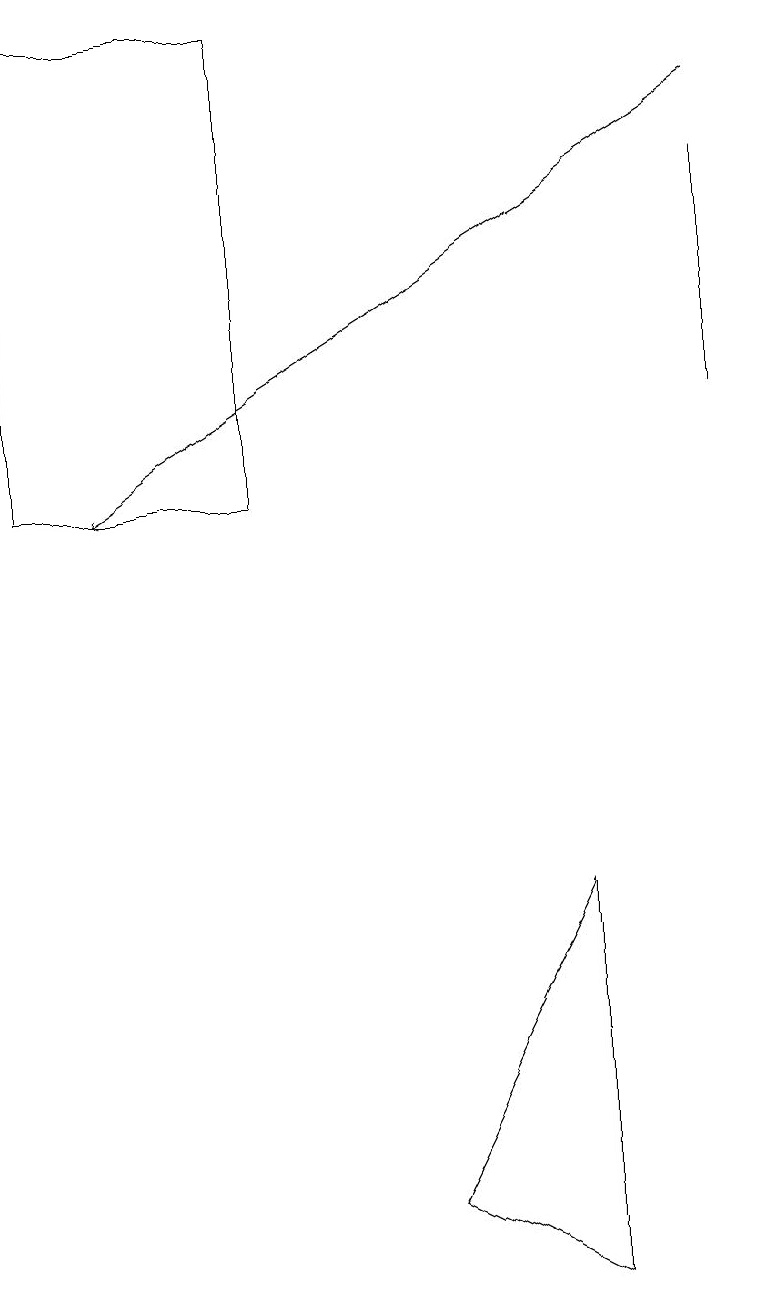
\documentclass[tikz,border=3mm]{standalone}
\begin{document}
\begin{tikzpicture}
\draw[->] (9,16) -- (1,11);
\draw (9,15) rectangle (9,12);
\draw (0,11) rectangle (3,17);
\draw (7,6) -- (5,2) -- (7,1) -- cycle;
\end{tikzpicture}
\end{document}